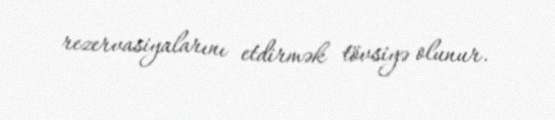
rezervasiyalarını etdirmək tövsiyə olunur.